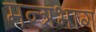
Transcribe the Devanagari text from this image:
मन्त्रभाग